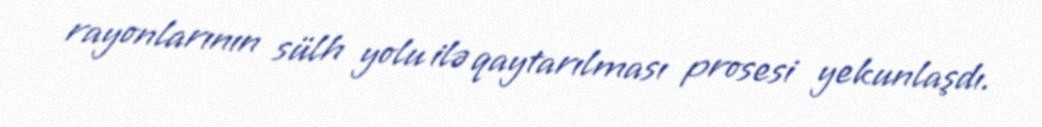
rayonlarının sülh yolu ilə qaytarılması prosesi yekunlaşdı.